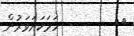
٢٧         ހަމަކަށަވަރުން